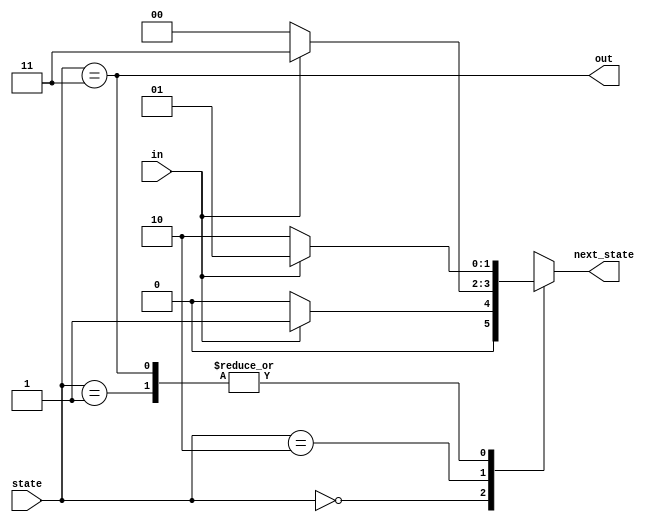
module top_module(
    input in,
    input [1:0] state,
    output reg [1:0] next_state,
    output out); 
    parameter [1:0]A=2'b00, B=2'b01, C=2'b10, D=2'b11;


    always@(in, state)begin
        case(state)
            A:  if(in)  next_state = B;
                else    next_state = A;                  
            B:  if(in)  next_state = B;
                else    next_state = C;
            C:  if(in)  next_state = D;
                else    next_state = A;
            D:  if(in)  next_state = B;
                else    next_state = C;
        endcase      
    end

    assign out = (state == D);

endmodule